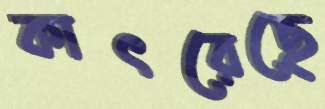
কাৎরেছে